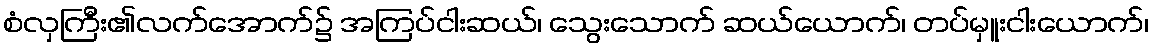
စံလှကြီး၏လက်အောက်၌ အကြပ်ငါးဆယ်၊ သွေးသောက် ဆယ်ယောက်၊ တပ်မှူးငါးယောက်၊